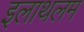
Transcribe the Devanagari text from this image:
इलाथलम